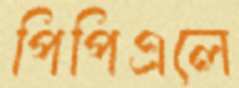
পিপিএলে